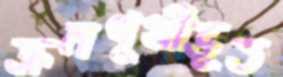
ক্রমপুঞ্জীভূত